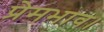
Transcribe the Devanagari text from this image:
प्रेमभाव।